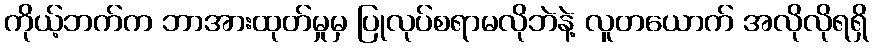
ကိုယ့်ဘက်က ဘာအားထုတ်မှုမှ ပြုလုပ်စရာမလိုဘဲနဲ့ လူတယောက် အလိုလိုရရှိ